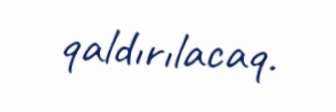
qaldırılacaq.